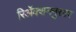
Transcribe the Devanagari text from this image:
रिॲक्शननुसार